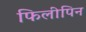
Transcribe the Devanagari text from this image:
फिलीपिन